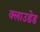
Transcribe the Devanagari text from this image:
क्लाउडेड